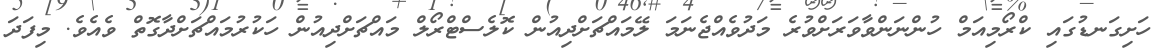
ހަށިގަނޑުގައި ކްރޯމިއަމް ހުންނަންވާވަރަށްވުރެ މަދުވެއްޖެނަމަ ލޭމައްޗަށްދިއުން ކޮލެސްޓްރޯލް މައްޗަށްދިއުން ހަކުރުމައްޗަށްދާގޮތް ވެއެވެ. މިފަދަ